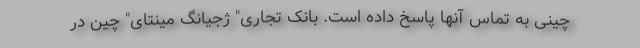
چینی به تماس آنها پاسخ داده است. بانک تجاری" ژجیانگ مینتای" چین در